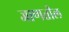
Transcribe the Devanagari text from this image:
जाणतील